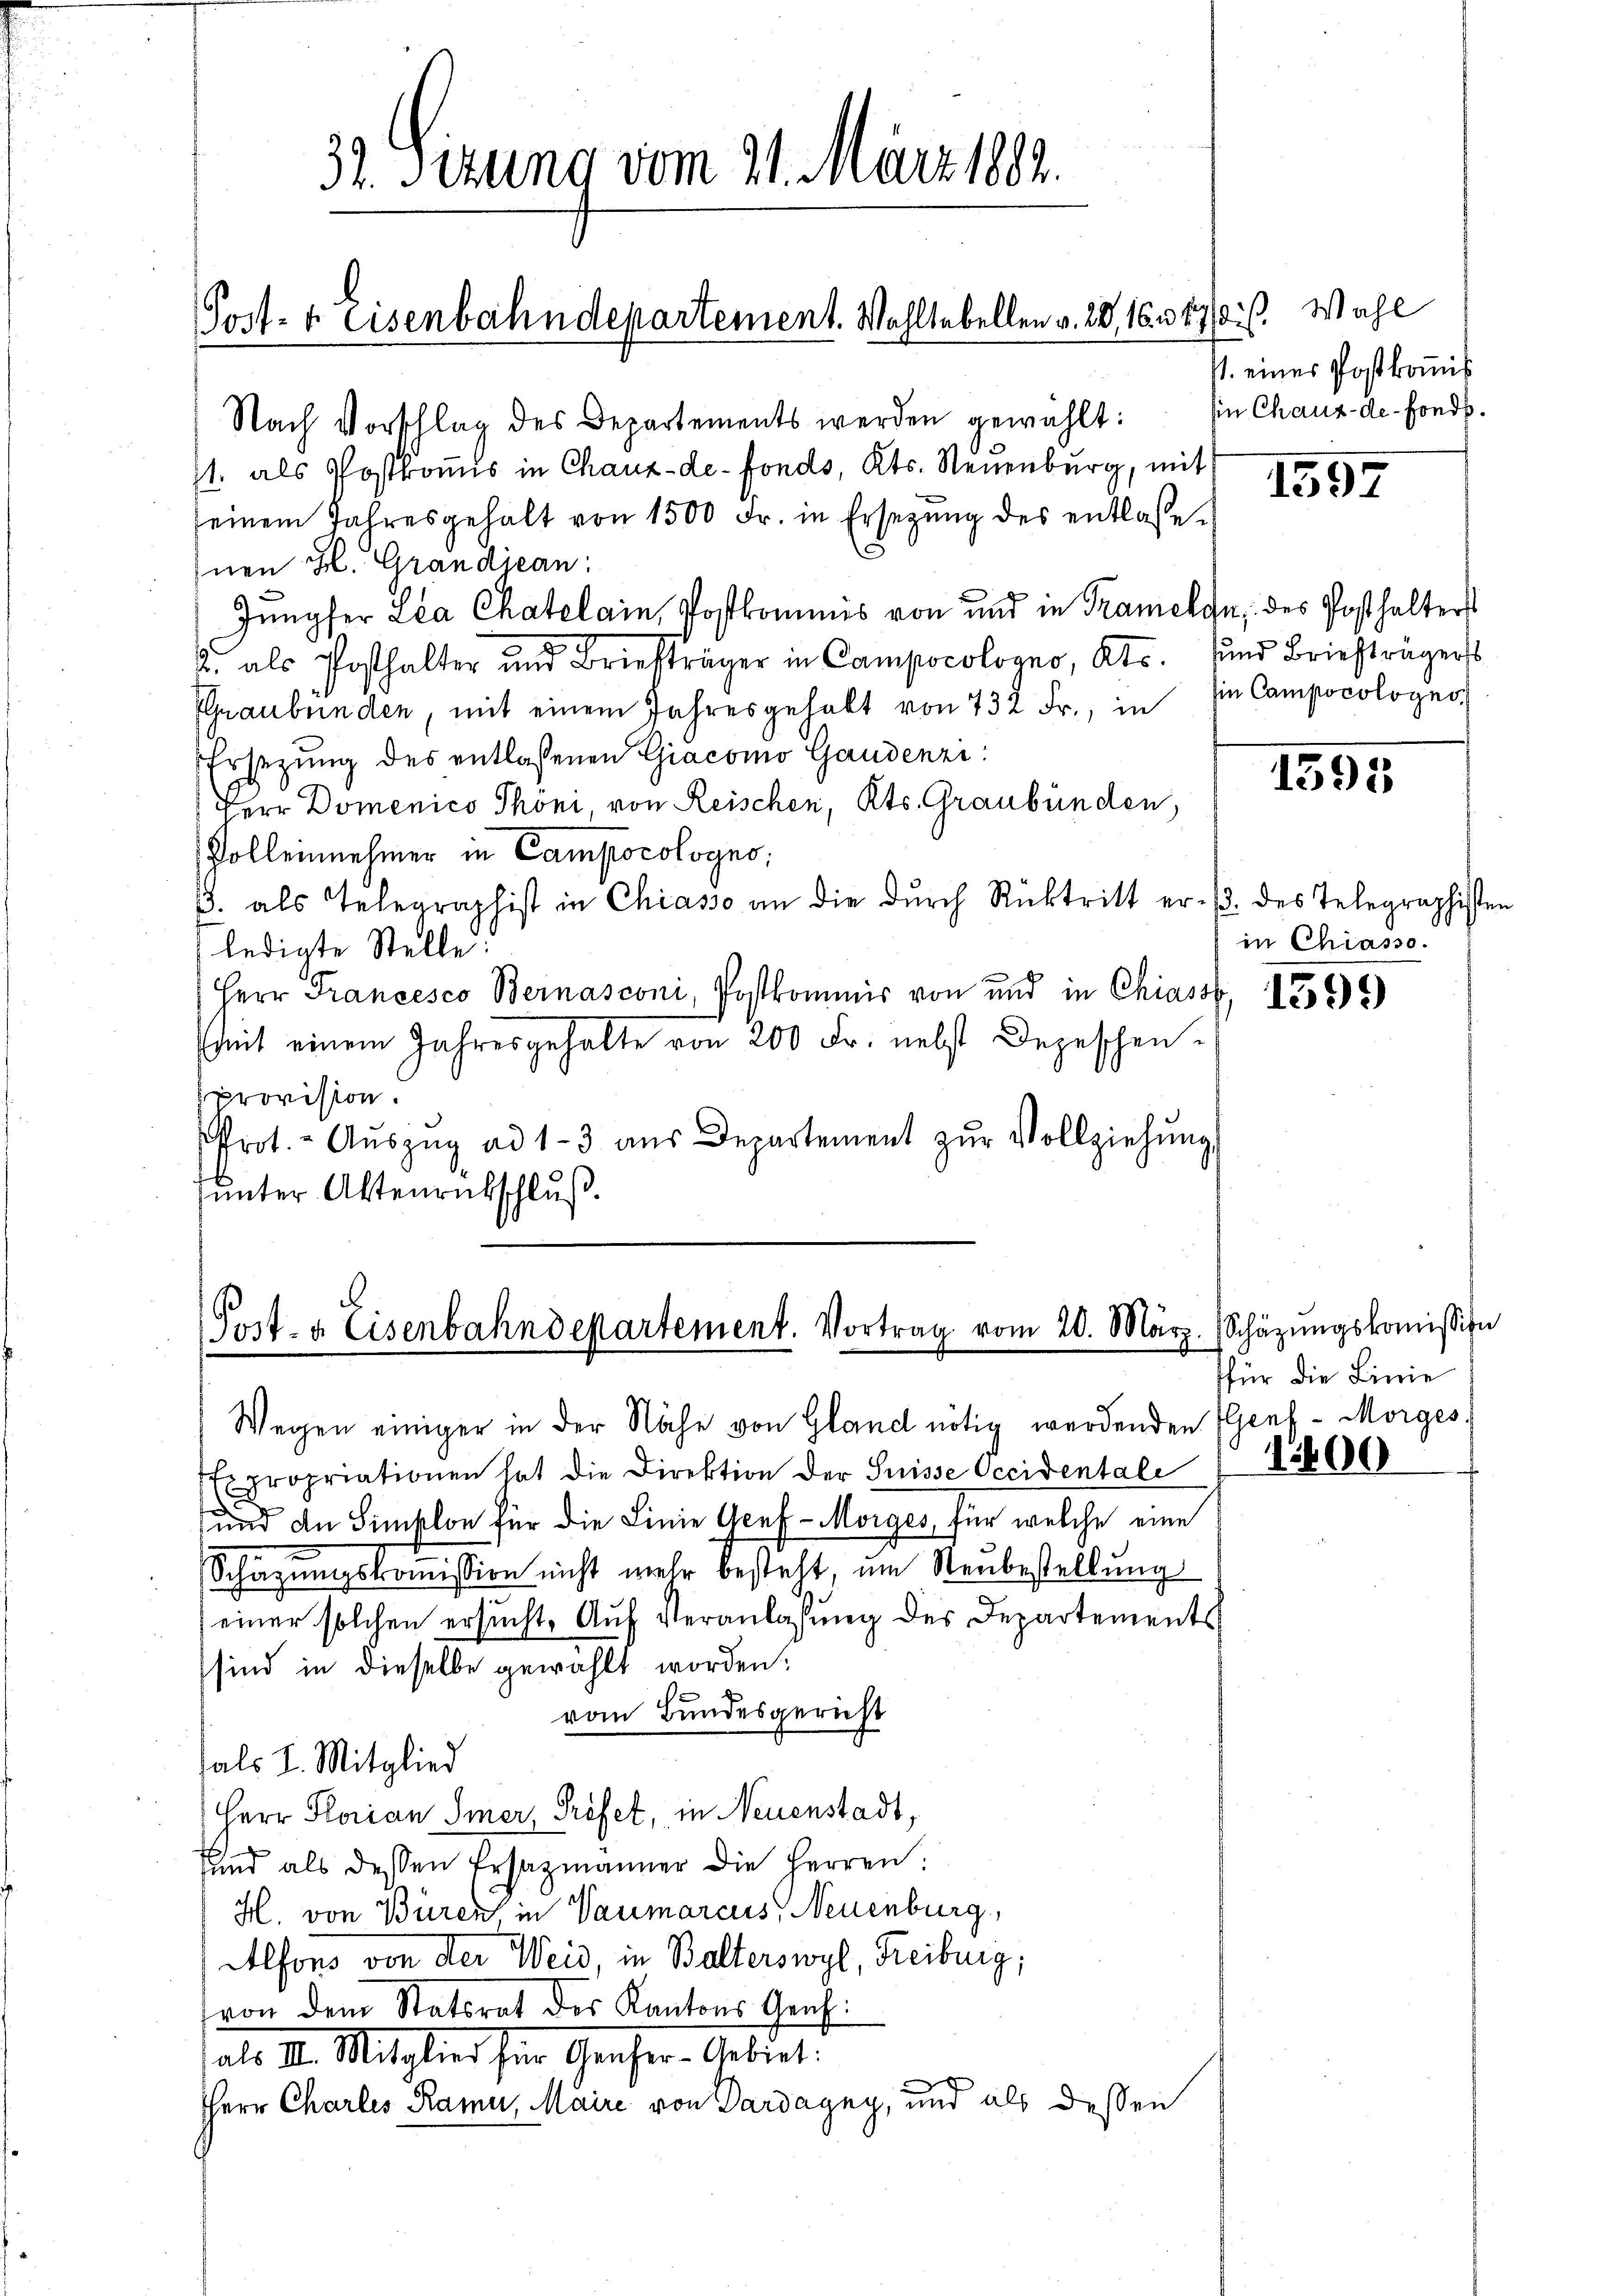
Post- & Eisenbahndepartement. Wahltabellen v. 22, 16. 470 f. Wahl

32. Sizung vom 21. März 1882.

Nach Vorschlag des Departements werden gewählt: In Chaux-de-Fonds.
1. als Postkomis in Chaux-de-Fonds, Kts. Neuenburg, mit
seinem Jahresgehalt von 1500 Fr. in Ersetzŭng des entlasse.
Inen H. Grandjean:
Jŭngfer Lea Chatelain Postkommis von und in Trameln, des Posthalters
2. als Posthalter und Briefträger in Campocologno, Kts. und Briefträgers
IGraubünden, mit einem Jahresgehabt von 732 Fr., in die Campocolognos
Ersetzŭng des entlassenen Giacomo Gaudenzi
Herr Domenico Phöni, von Reischen, Kts. Graubünden,
Polleinnehmer in Campocologno,
. als Telegraphist in Chiasso an die dŭrch Rücktritt er /. des Telegraphiste
ledigte Stelle:
Herr Francesco Bernasconi, Postkommis von und in Chiass,
(mit einem Jahresgehalte von 200 Fr. nebst Depeschen
provision.
Prot. - Aŭszŭg ad 1-3 aŭs Departement zŭr Vollziehŭng
ŭnter Aktenrückschluß.

(Post- & Eisenbahndepartement. Vortrag vom 20. März.

V. einer Postkomis

Wegen einiger in der Nähe von Gland nötig werdenden Genf - Morges.
Expropriationen hat die Direktion der Suisse Occidentale
und an Simplon für die Linie Acef-Morges, für welche eine
Schätzungskommission nicht mehr besteht, um Neubestellung
einer solchen ersucht, Auf Veranlassung des Departements
sind in dieselbe gewählt worden;
vom Bundesgericht
hals I. Mitglied
Herr Florian Smer, Pröfet, in Neuenstadt,
uund als dessen Ersazmänner die Herren:
H. von Büren in Vaumarcus, Neuenburg,
Alfons von der Weid, in Balterswyl, Freiburg,
von dem Statsrat des Kantons Graf
als A. Mitglied für Genfer- Gebiet.
HHerr Charles Rami, Maire von Dardagny, und als dessen

1597

1595

in Chiasso.

1399

Schätzungskomission
für die Linie
1600